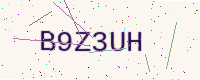
Text: B9Z3UH